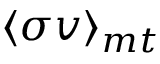
\langle \sigma v \rangle _ { m t }